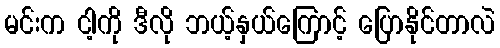
မင်းက ငါ့ကို ဒီလို ဘယ့်နှယ်ကြောင့် ပြောနိုင်တာလဲ